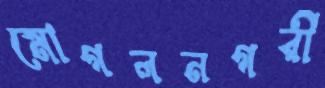
মোগলনগরী